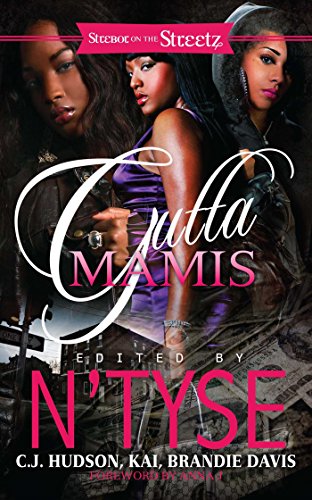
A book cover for Gutta Mamis (Strebor on the Streetz); N'Tyse; Romance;